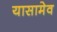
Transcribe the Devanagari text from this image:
यासामेव